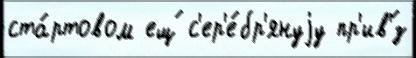
ста́ртовом ещ́ с'ер'е́бр'януjу пр'ив'́з